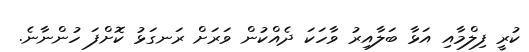
ކުރީ ފިލްމާއި އަޅާ ބަލާއިރު ވާހަކަ ދެއްކުން ވަރަށް ރަނގަޅު ކޮށްފަ ހުންނާނެ.